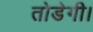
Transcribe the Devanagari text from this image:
तोडेगी।